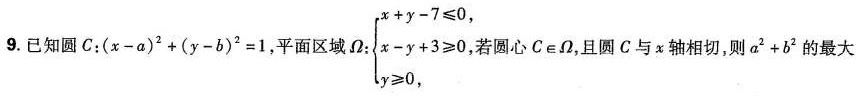
9.已知圆C:$$( x - a ) ^ { 2 } + ( y - b ) ^ { 2 } = 1$$,平面区域Ω:$$\begin {cases}